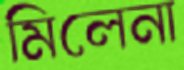
মিলেনা